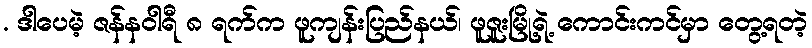
. ဒါပေမဲ့ ဇန်နဝါရီ ၈ ရက်က ဖူကျန်းပြည်နယ်၊ ဖူဇူးမြို့ရဲ့ ကောင်းကင်မှာ တွေ့ရတဲ့